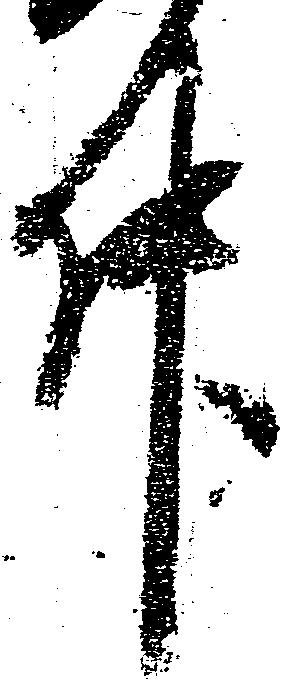
件